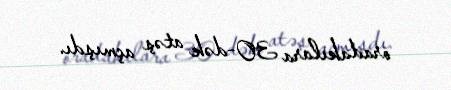
oradakılara 30-dək atəş açmışdı.